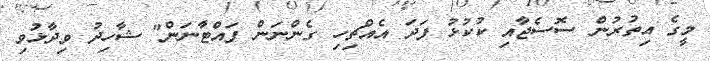
މީގެ އިތުރުން ސޮސެޖާއި ކުކުޅު ފަދަ އެއްޗިހި ގެންނަން ފައްޓާނަން" ޝާހިދު ވިދާޅުވި